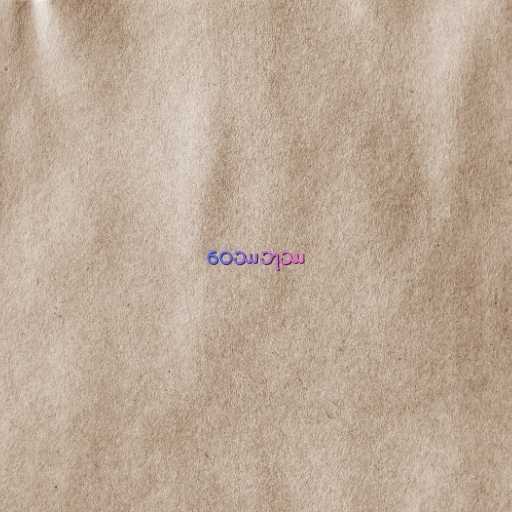
ဝေဿဘုဿ